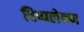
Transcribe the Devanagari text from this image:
विष्पलेषण